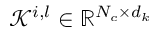
\mathcal { K } ^ { i , l } \in \mathbb { R } ^ { N _ { c } \times d _ { k } }